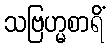
သဗြဟ္မစာရိံ